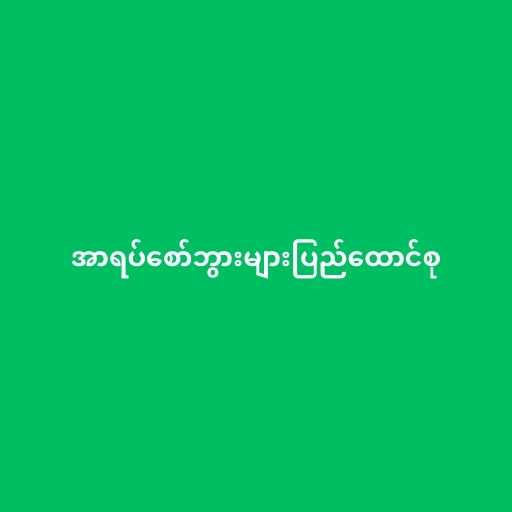
အာရပ်စော်ဘွားများပြည်ထောင်စု